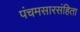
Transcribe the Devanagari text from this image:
पंचमसारसंहिता